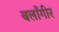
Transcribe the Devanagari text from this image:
बलाँगीर